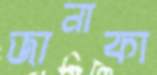
জানাকা